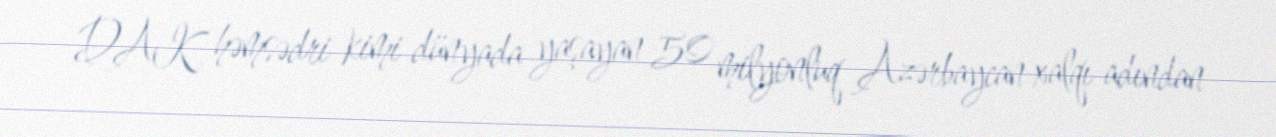
DAK həmsədri kimi dünyada yaşayan 50 milyonluq Azərbaycan xalqı adından